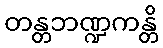
တန္တဘဏ္ဍကန္တိ